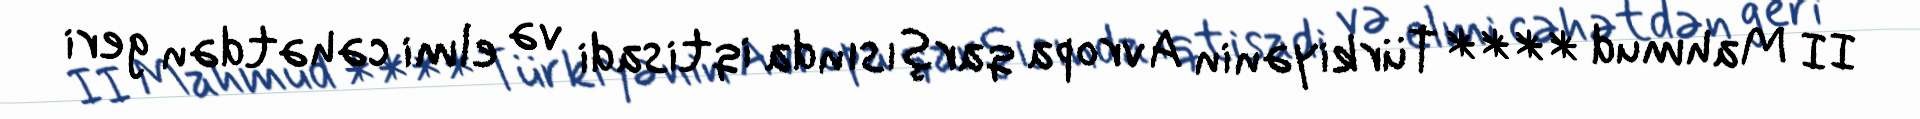
II Mahmud **** Türkiyənin Avropa qarşısında iqtisadi və elmi cəhətdən geri